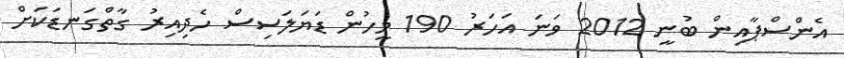
އެންސްޕާއިން ބުނީ 2012 ވަނަ އަހަރު 190 މީހުން ޑަޔަލަސިސް ހެދިއިރު ގާތްގަނޑަކަށް